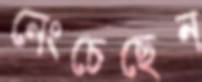
নেংচেছেন